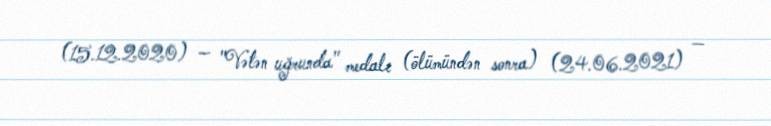
(15.12.2020) — "Vətən uğrunda" medalı (ölümündən sonra) (24.06.2021) —